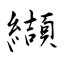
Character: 纈